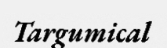
Targumical